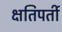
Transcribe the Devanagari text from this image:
क्षतिपर्ती